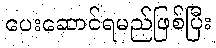
ပေးဆောင်ရမည်ဖြစ်ပြီး